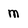
Character: m